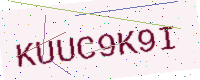
Text: KUUC9K9I